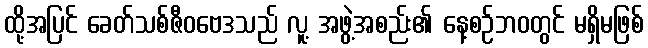
ထို့အပြင် ခေတ်သစ်ဇီဝဗေဒသည် လူ့ အဖွဲ့အစည်း၏ နေ့စဉ်ဘဝတွင် မရှိမဖြစ်